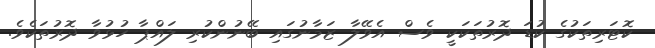
ކޮޓަރިތަކުގެ ކުޑަ ދޮރުތަކަކީ ވެސް އެވޭލާ ޒަމާނުގައި ބޭނުންކުރި ލައްޕާ ހުޅުވާ ދޮރުތަކެވެ.